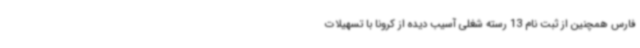
فارس همچنین از ثبت نام 13 رسته شغلی آسیب دیده از کرونا با تسهیلات